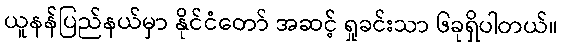
ယူနန်ပြည်နယ်မှာ နိုင်ငံတော် အဆင့် ရှုခင်းသာ ၆ခုရှိပါတယ်။